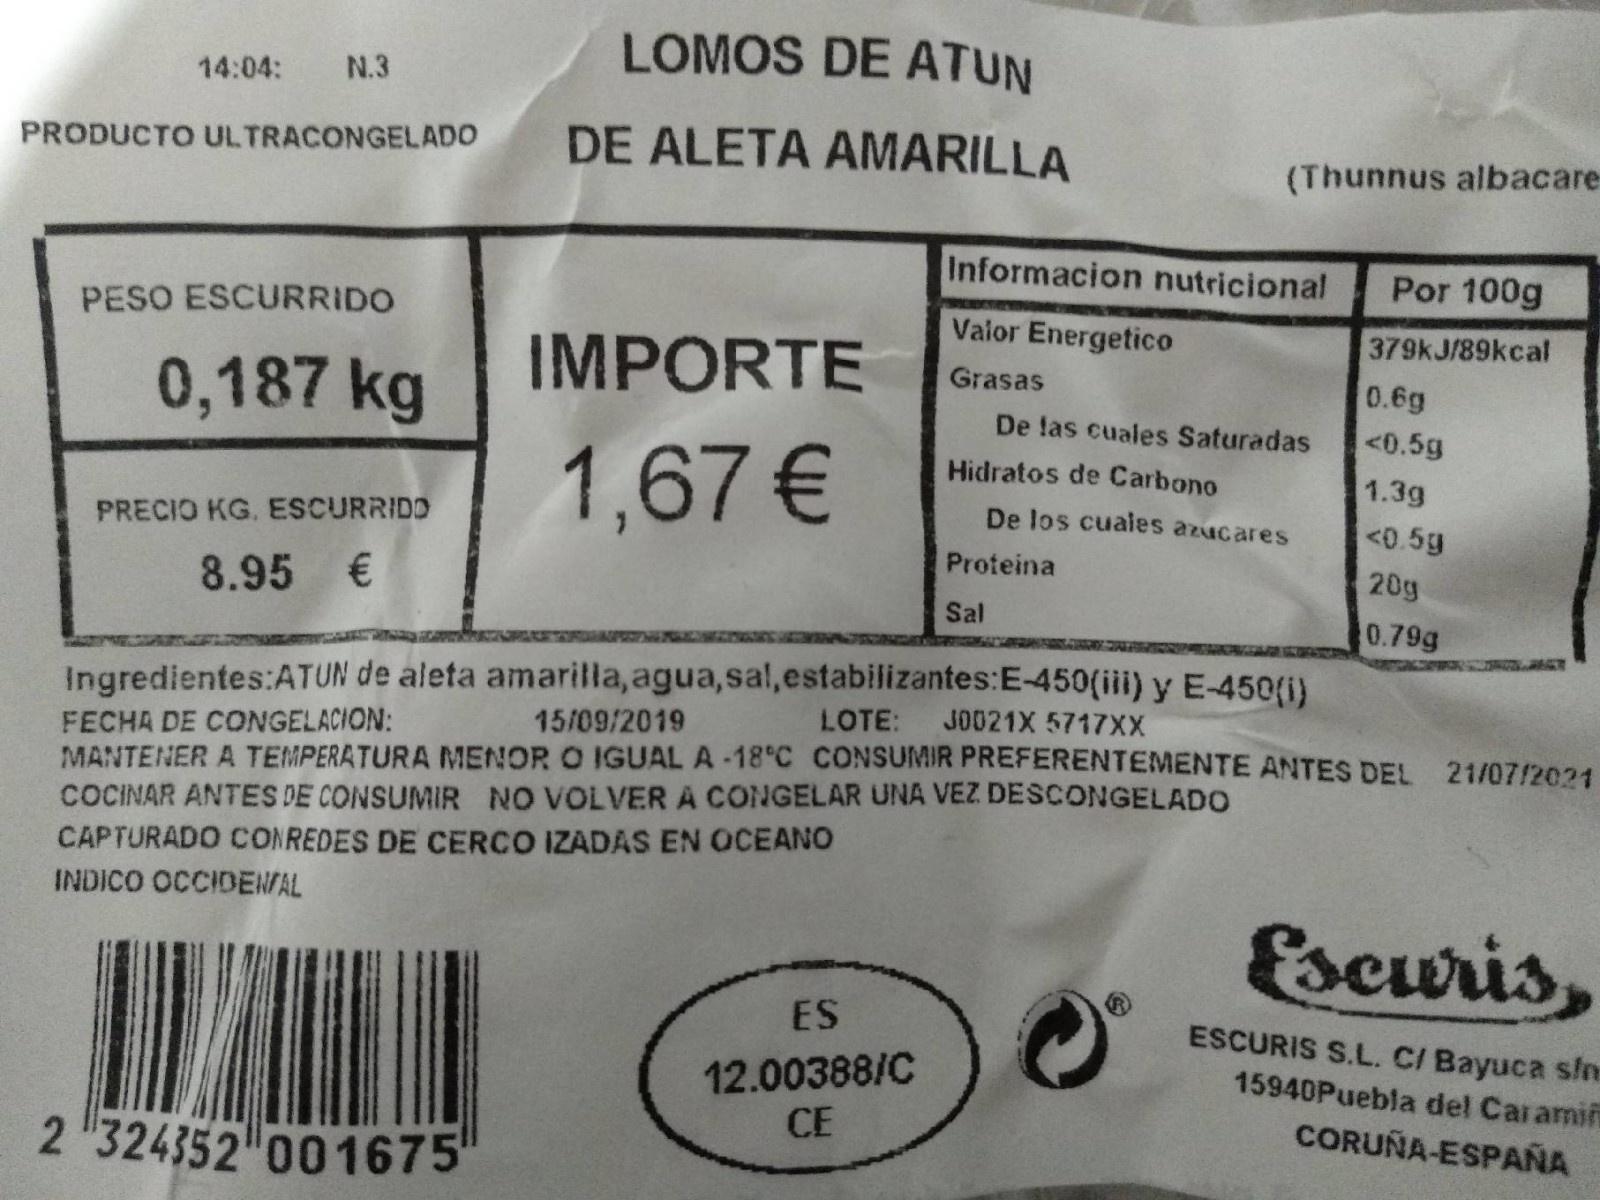
LOMOS DE ATUN 14:04: N.3 PRODUCTO ULTRACONGELADO DE ALETA AMARILLA (Thunnus albacare Informacion nutricional Por 100g PESO ESCURRIDO Vaior Energetico 379KJ/89kcal IMPORTE Grasas 0.6g 0,187 kg De tas cuales Saturadas <0.5g 1,67€ Hidratos de Carbono 1.3g PRECIO KG. ESCURRIDD De los cuaies azucares <0.5g Proteina 20g 8.95 € Sal 0.79g Ingredientes:ATUN de aleta amarilla, agua,sal,estabilizantes:E-450(iii) y E-450(i) 15/09/2019 LOTE: JO021X 5717XX FECHA DE CONGELACION: MANTENER A TEMPERATURA MENOR O IGUAL A -18°C CONSUMIR PREFERENTEMENTE ANTES DEL 21/07/2024 COCINAR ANTES DE CONSUMIR NO VOLVERA CONGELAR UNA VEZ DESCONGELADO CAPTURADO CONREDES DE CERCO IZADAS EN OCEANO INDICO OCCIDENAL Escuris, ES ESCURIS S.L. CI Bayuca sin 12.00388/C CE 15940Puebla del Caramii CORUÑA-ESPAÑA 2 324352 001675